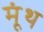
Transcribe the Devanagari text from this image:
मूंथ